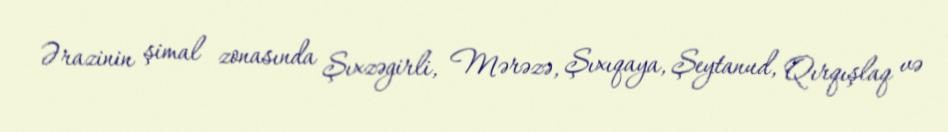
Ərazinin şimal zonasında Şıxzəgirli, Mərəzə, Şıxıqaya, Şeytanud, Qırqışlaq və